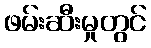
ဖမ်းဆီးမှုတွင်